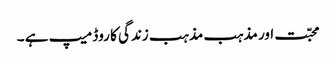
محبّت اور مذہب مذہب زندگی کا روڈ میپ ہے ۔